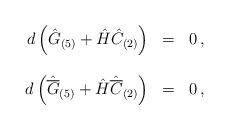
LaTeX: \begin{align*}\begin{array}{rcl}d\left(\hat{G}_{(5)} +\hat{H}\hat{C}_{(2)}\right) & = & 0\, ,\\& & \\d\left(\hat{\overline{G}}_{(5)} +\hat{H}\hat{\overline{C}}_{(2)}\right) & = & 0\, ,\\\end{array}\end{align*}